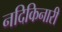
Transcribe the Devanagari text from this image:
नदिकिनारी